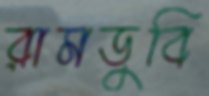
রামডুবি